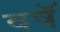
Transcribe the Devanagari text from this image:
वषॅ